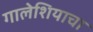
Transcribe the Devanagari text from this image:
गालेशियाचा